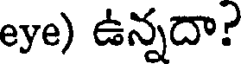
eye) ఉన్నదా?